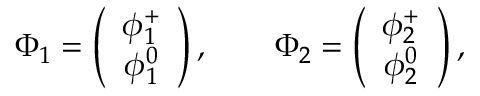
\Phi _ { 1 } = \left( \begin{array} { c } { { \phi _ { 1 } ^ { + } } } \\ { { \phi _ { 1 } ^ { 0 } } } \end{array} \right) , \qquad \Phi _ { 2 } = \left( \begin{array} { c } { { \phi _ { 2 } ^ { + } } } \\ { { \phi _ { 2 } ^ { 0 } } } \end{array} \right) ,